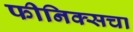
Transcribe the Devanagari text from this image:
फीनिक्सचा